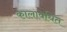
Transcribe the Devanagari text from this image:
कालावधित